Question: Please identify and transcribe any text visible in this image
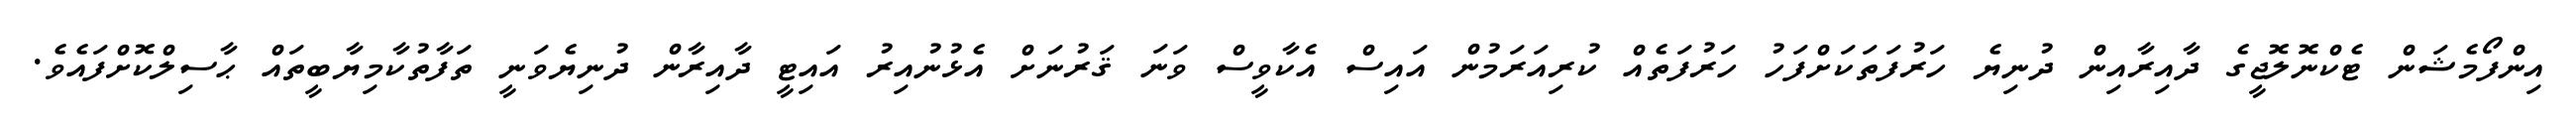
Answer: އިންފޯމެޝަން ޓެކްނޮލޮޖީގެ ދާއިރާއިން ދުނިޔެ ހަރުފަތަކަށްފަހު ހަރުފަތެއް ކުރިއަރަމުން އައިސް އެކާވީސް ވަނަ ޤަރުނަށް އެޅުނުއިރު އައިޓީ ދާއިރާން ދުނިޔެވަނީ ތަފާތުކާމިޔާބީތައް ޙާސިލްކޮށްފައެވެ.